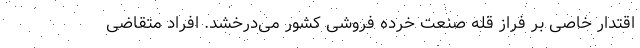
اقتدار خاصی بر فراز قله صنعت خرده فروشی کشور می­درخشد. افراد متقاضی